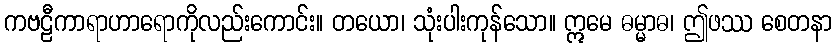
ကဗဠီကာရာဟာရောကိုလည်းကောင်း။ တယော၊ သုံးပါးကုန်သော။ ဣမေ ဓမ္မာဓ၊ ဤဖဿ စေတနာ